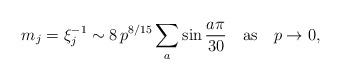
LaTeX: \begin{align*}m_j =\xi_j^{-1}\sim 8\, p^{8/15} \sum_a \sin \frac{a\pi}{30}\quad \mbox{as} \quad p \to 0, \end{align*}